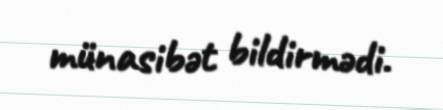
münasibət bildirmədi.